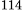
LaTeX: ^\textrm{\scriptsize 114}